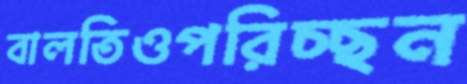
বালতিওপরিচ্ছন